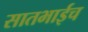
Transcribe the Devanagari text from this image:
सातभाईच